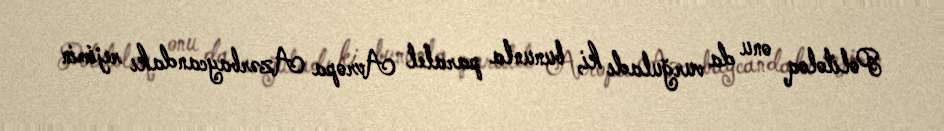
Politoloq onu da vurğuladı ki, bununla paralel Avropa Azərbaycandakı rejimin